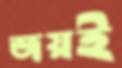
জয়ই